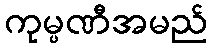
ကုမ္ပဏီအမည်